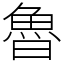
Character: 魯